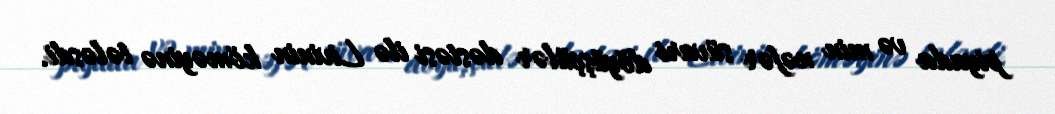
piyada və min nəfər süvari döyüşçülər dəstəsi ilə Livinin köməyinə tələsdi.